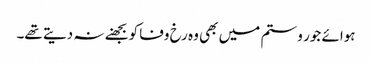
ہوائے جور و ستم میں بھی وہ رخ وفا کو بجھنے نہ دیتے تھے۔